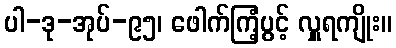
ပါ-ဒု-အုပ်-၉၅၊ ဖေါက်ကြံ့ပွင့် လှူရကျိုး။